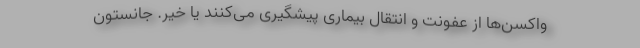
واکسن‌ها از عفونت و انتقال بیماری پیشگیری می‌کنند یا خیر. جانستون